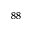
^ { 8 8 }